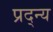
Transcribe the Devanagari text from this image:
प्रद्न्य